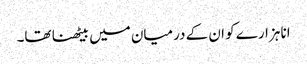
انا ہزارے کو ان کے درمیان میں بیٹھنا تھا۔